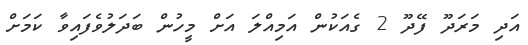
އަދި މަރަދޫ ފޭދޫ 2 ގެއަކުން އަމިއްލަ އަށް މީހުން ބަދަލުވެފައިވާ ކަމަށް